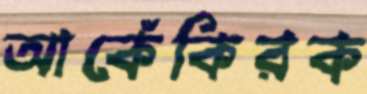
আকেঁকিরক